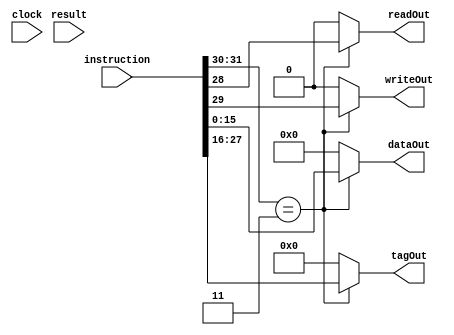
module CPU3(clock, instruction, result, writeOut, readOut, tagOut, dataOut);

	input clock;
	input [31:0] instruction;
	input [30:0] result;
	
	output reg writeOut, readOut; 
	output reg [11:0] tagOut;
	output reg [15:0] dataOut;
	
	initial begin
		writeOut = 1'b0;
		readOut = 1'b0;
		tagOut = 12'b0;
		dataOut = 16'b0;
	end
	
	always@(clock)
	begin
		if(instruction[31:30] == 2'b11)
		begin
			writeOut <= instruction[29];
			readOut <= instruction[28];
			tagOut <= instruction[27:16];
			dataOut <= instruction[15:0];
		end
		
		else begin
			writeOut = 1'b0;
			readOut = 1'b0;
			tagOut = 12'b0;
			dataOut = 16'b0;
		end
	end

endmodule